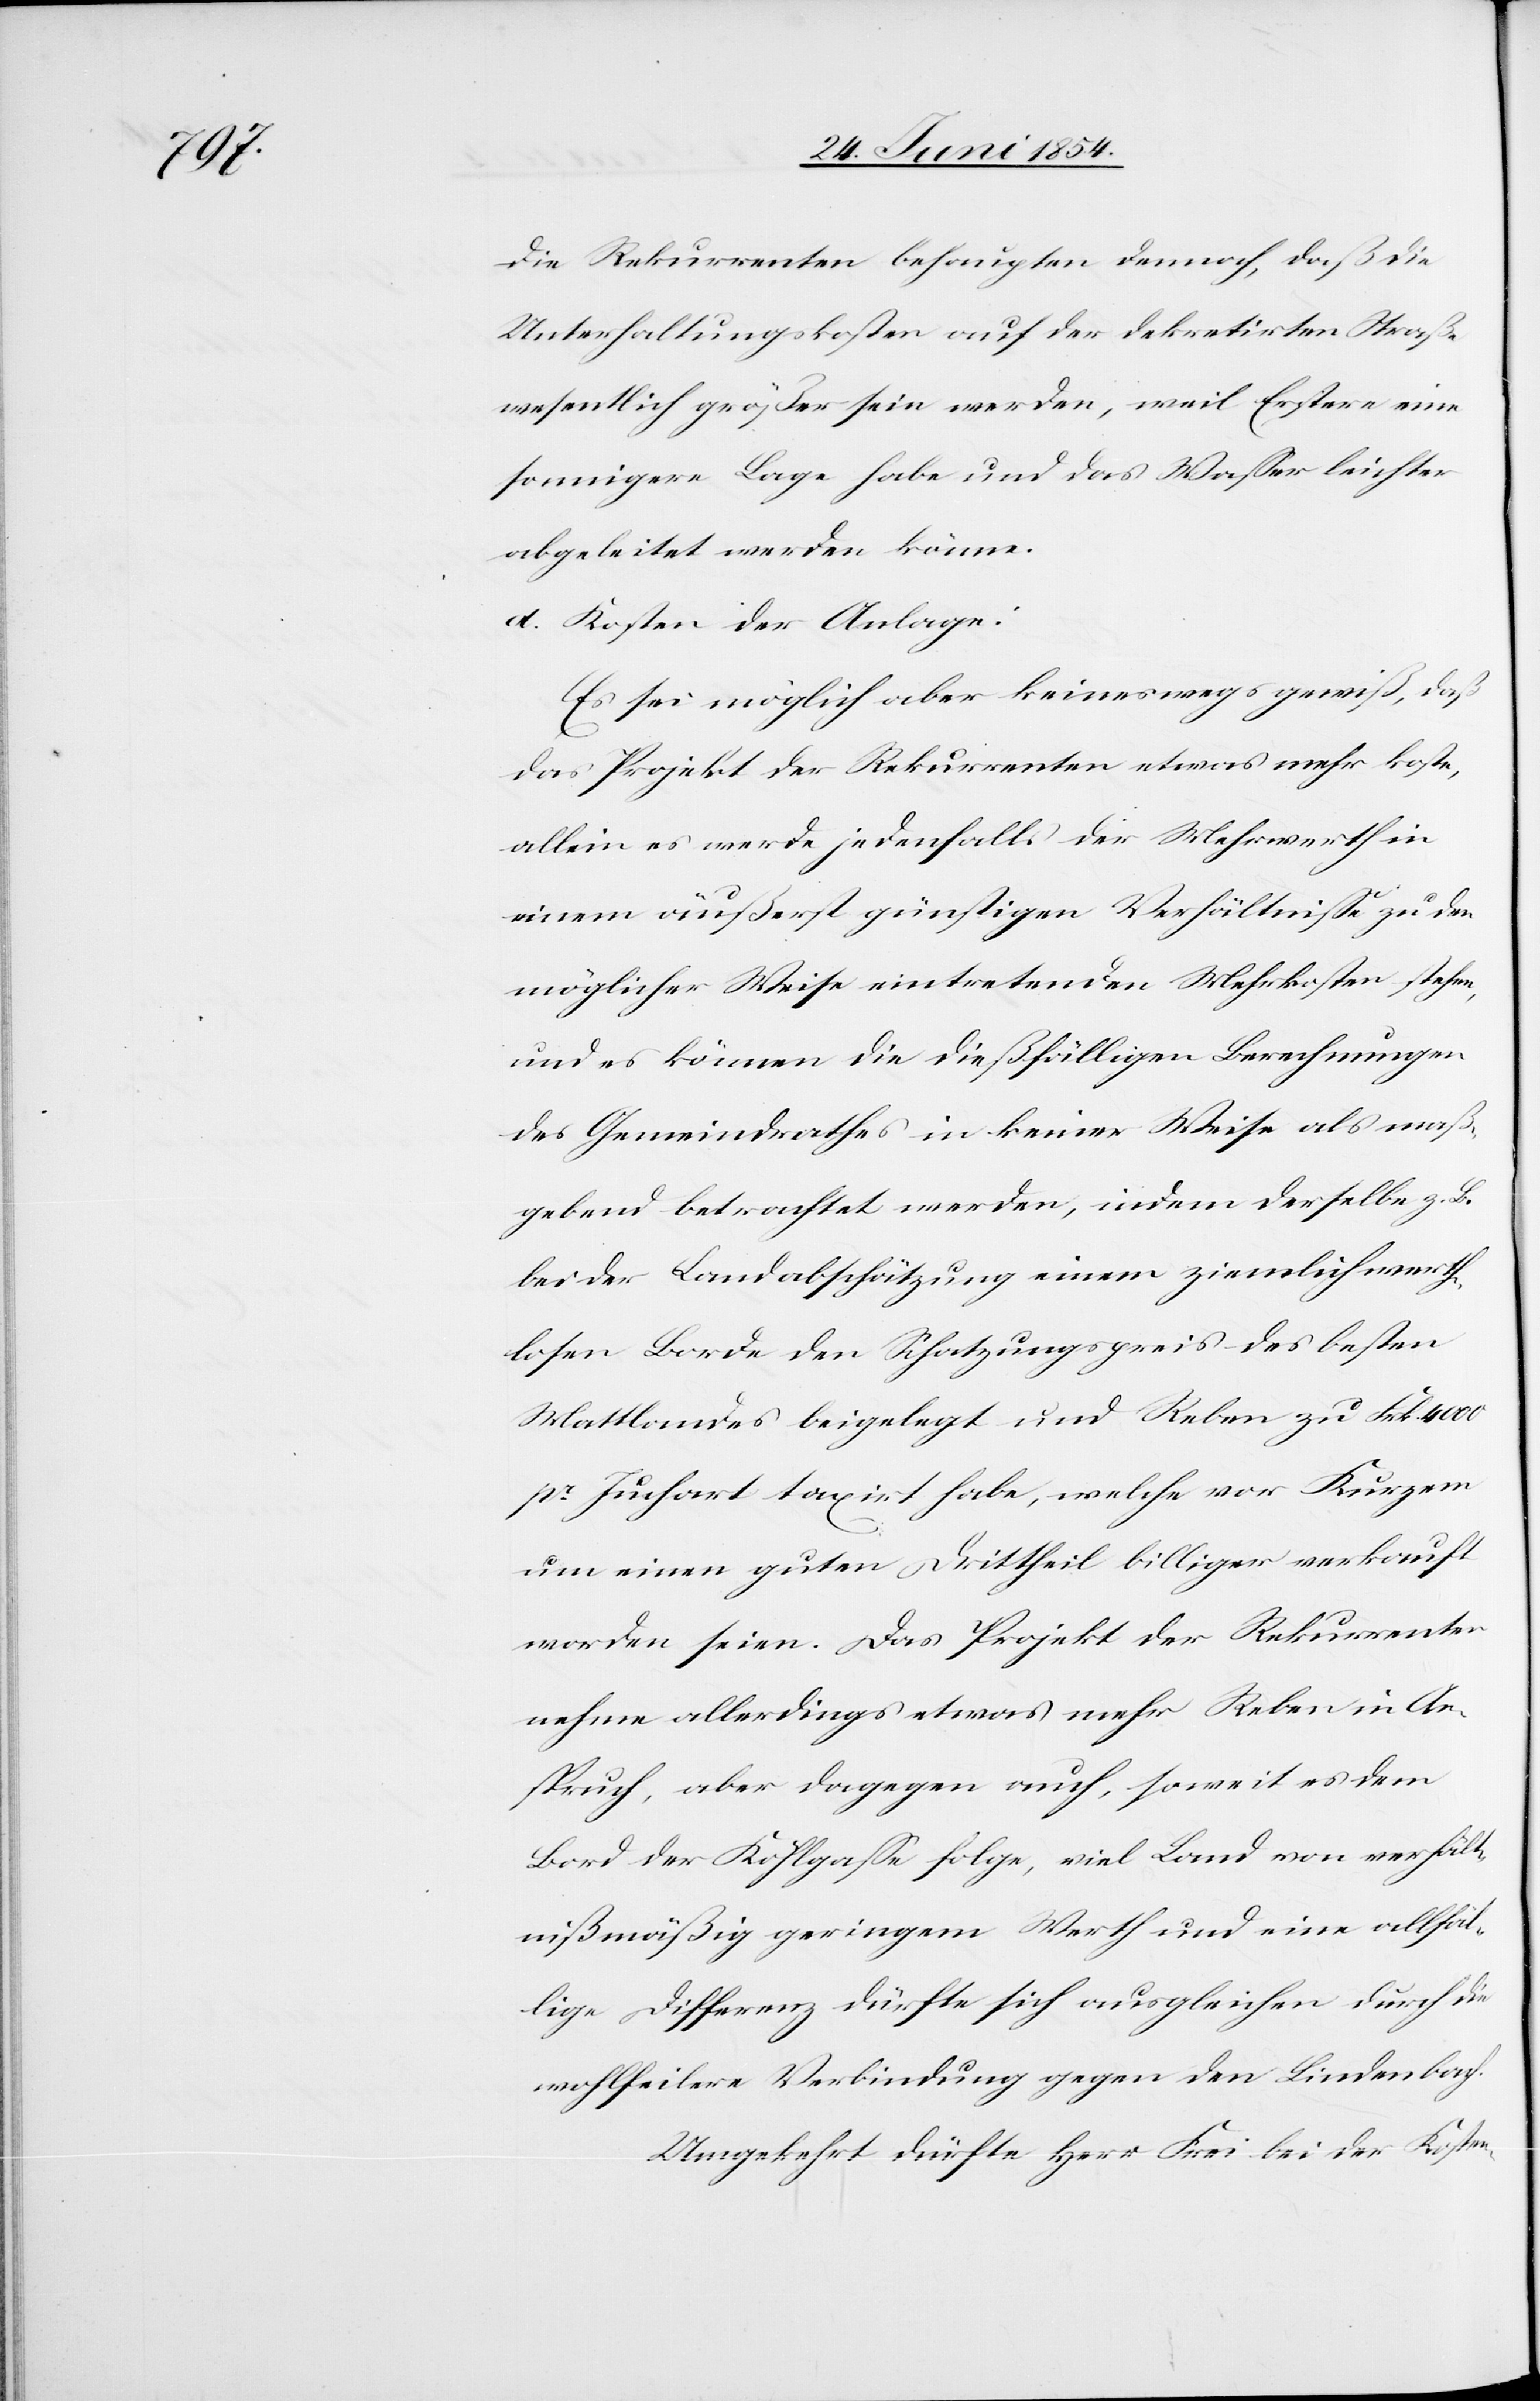
die Rekurrenten behaupten dennoch, daß die
Unterhaltungskosten auf der dekretirten Straße
wesentlich größer sein werden, weil Erstere eine
sonniger Lage habe und das Waßer leichter
abgeleitet werden könne.
d.[)] Kosten der Anlage:
Es sei möglich aber keineswegs gewiß, daß
das Projekt der Rekurrenten etwas mehr koste,
allein es werde jedenfalls der Mehrwerth in
einem äußerst günstigen Verhältniße zu den
möglicher Weise eintretenden Mehrkosten stehen,
und es können die dießfälligen Berechnungen
des Gemeindrathes in keiner Weise als maß¬
gebend betrachtet werden, indem derselbe z. B.
bei der Landabschätzung einem ziemlich wert¬
losen Borde den Schatzungspreis des besten
Mattlandes beigelegt und Reben zu Frk. 4000
pr Juchart taxirt habe, welche vor Kurzem
um eine guten Drittheil billiger verkauft
worden seien. Das Projekt der Rekurrenten
nehme allerdings etwas mehr Reben in An¬
spruch, aber dagegen auch, soweit es dem
Bord der Kohlgaße folge, viel Land von verhält¬
nißmäßig geringem Werth und eine allfäl¬
lige Differenz dürfte sich ausgleichen durch die
wohlfeilere Verbindung gegen den Lindenbach.
Umgekehrt dürfte Herr Frei bei der Kosten-